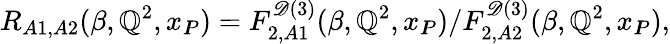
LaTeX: R_{A1,A2}(\beta,\mathbb{Q}^{2},x_{I\! \! P})=F_{2,A1}^{\mathscr{D}(3)}(\beta,\mathbb{Q}^{2},x_{I\! \! P})/F_{2,A2}^{\mathscr{D}(3)}(\beta,\mathbb{Q}^{2},x_{I\! \! P}),